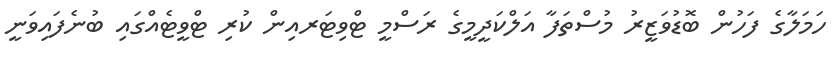
ހަމަލާގެ ފަހުން ބޮޑުވަޒީރު މުސްތަފާ އަލްކަދީމީގެ ރަސްމީ ޓްވިޓަރއިން ކުރި ޓްވީޓެއްގައި ބުނެފައިވަނީ